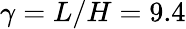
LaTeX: \gamma=L/H=9.4